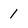
Character: 1